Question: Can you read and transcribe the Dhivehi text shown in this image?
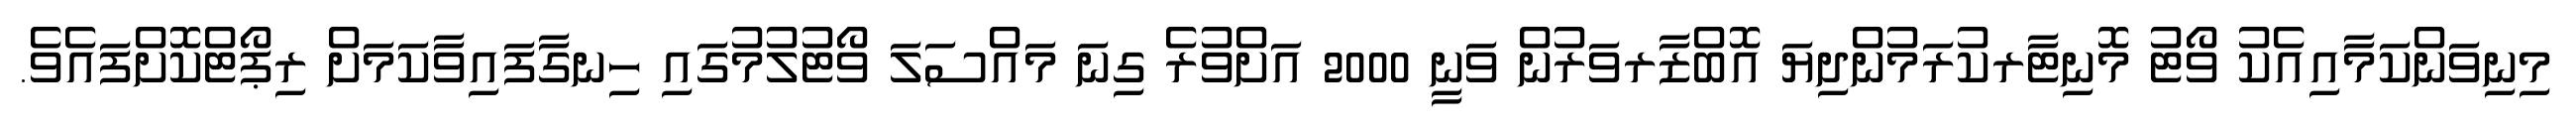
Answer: މިނިވަންކަމާއިއެކު ވޯޓު މޮނިޓާރކުރަމުންދިޔަ އޮބްޒާރވަރުން ވަނީ 2000 އަށްވުރެ ގިނަ މައްސަލަ ވޯޓުލުމުގައި ހިނގާފައިވާކަމަށް ރިޕޯޓްކޮށްފައެވެ.